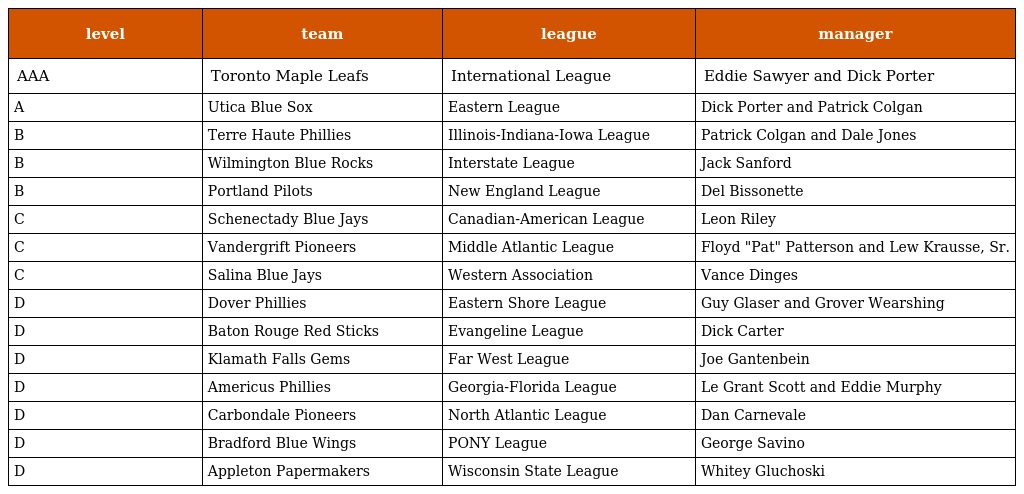
| level | team | league | manager |
 | --- | --- | --- | --- |
 | AAA | Toronto Maple Leafs | International League | Eddie Sawyer and Dick Porter |
 | A | Utica Blue Sox | Eastern League | Dick Porter and Patrick Colgan |
 | B | Terre Haute Phillies | Illinois-Indiana-Iowa League | Patrick Colgan and Dale Jones |
 | B | Wilmington Blue Rocks | Interstate League | Jack Sanford |
 | B | Portland Pilots | New England League | Del Bissonette |
 | C | Schenectady Blue Jays | Canadian-American League | Leon Riley |
 | C | Vandergrift Pioneers | Middle Atlantic League | Floyd "Pat" Patterson and Lew Krausse, Sr. |
 | C | Salina Blue Jays | Western Association | Vance Dinges |
 | D | Dover Phillies | Eastern Shore League | Guy Glaser and Grover Wearshing |
 | D | Baton Rouge Red Sticks | Evangeline League | Dick Carter |
 | D | Klamath Falls Gems | Far West League | Joe Gantenbein |
 | D | Americus Phillies | Georgia-Florida League | Le Grant Scott and Eddie Murphy |
 | D | Carbondale Pioneers | North Atlantic League | Dan Carnevale |
 | D | Bradford Blue Wings | PONY League | George Savino |
 | D | Appleton Papermakers | Wisconsin State League | Whitey Gluchoski |